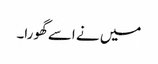
میں نے اسے گھورا۔